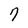
Character: 7